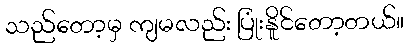
သည်တော့မှ ကျမလည်း ပြုံးနိူင်တော့တယ်။